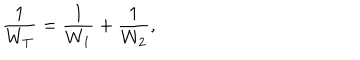
\frac { 1 } { W _ { T } } = \frac { 1 } { W _ { 1 } } + \frac { 1 } { W _ { 2 } } ,